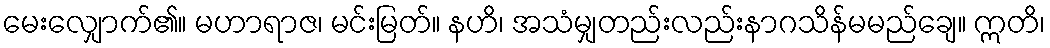
မေးလျှောက်၏။ မဟာရာဇ၊ မင်းမြတ်။ နဟိ၊ အသံမျှတည်းလည်းနာဂသိန်မမည်ချေ။ ဣတိ၊